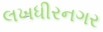
લખધીરનગર